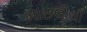
માછલીથી